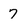
Character: 7